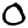
Digit: 0